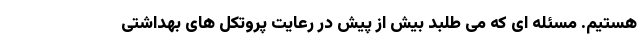
هستیم. مسئله ای که می طلبد بیش از پیش در رعایت پروتکل های بهداشتی